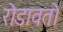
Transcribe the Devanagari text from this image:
रोडावतो